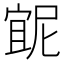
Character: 𭔇